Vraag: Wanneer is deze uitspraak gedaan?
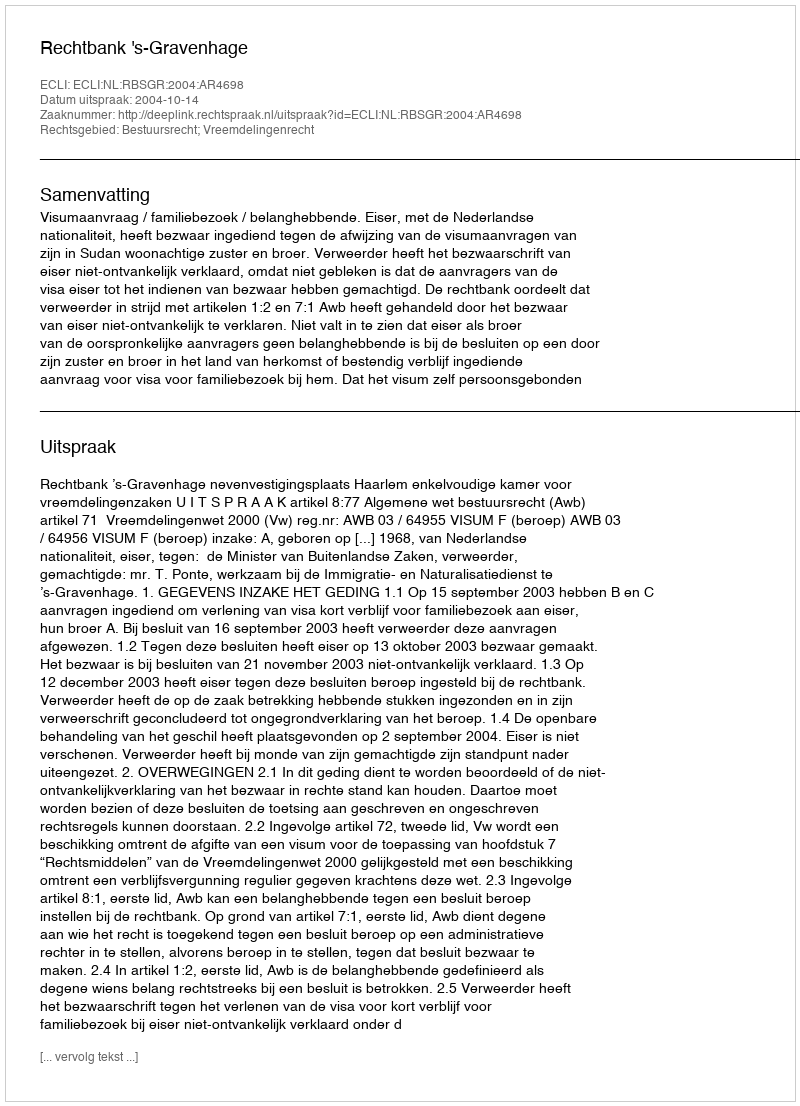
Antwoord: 2004-10-14